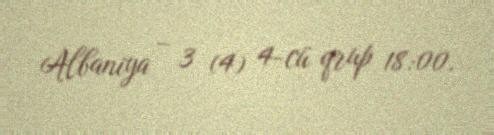
Albaniya – 3 (4) 4-cü qrup 18:00.